Report on certain features of malaria in the island of Salsette
Disease focus: Malaria
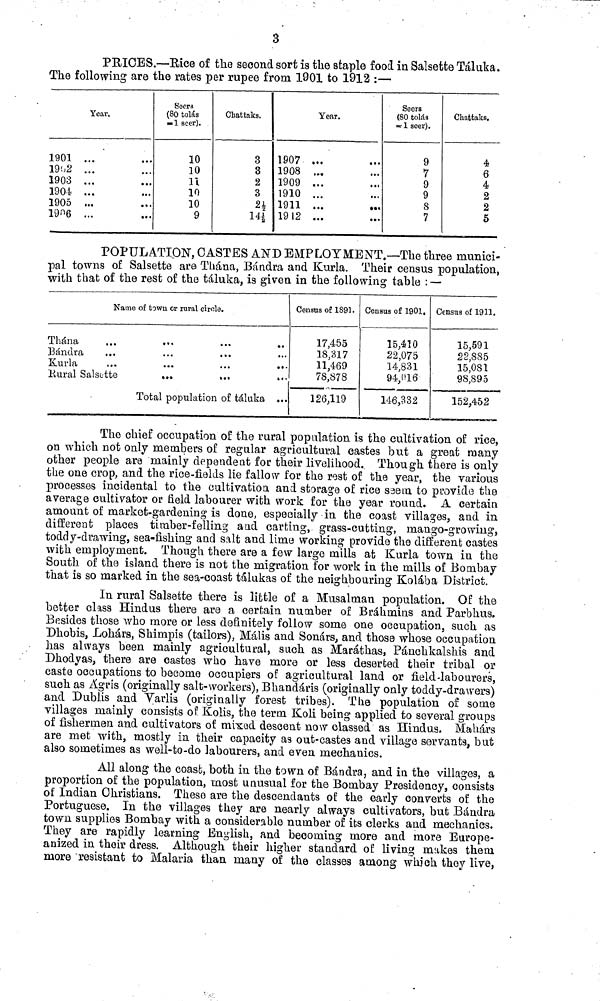
3
PRICES.—Bice of the second sort is the staple food in Salsette Táluka.
The following are the rates per rupee from 1901 to 1912 :—
Year,
1901
1992
1903
1904
1905
1996
Seers
(80 tolás
— 1 seer).
10
10
11
10
10
9
Chattaks.
3
3
2
3
2½
14½
Year.
1907
1908
1909
1910
1911
1912
Seers
(80 tolás
= 1 seer).
9
7
9
9
8
7
Chattcaks.
4
6
4
2
2
5
POPULATION, CASTES AND EMPLOYMENT.—The three munici-
pal towns of Salsette are Thána, Bándra and Kurla. Their census population,
with that of the rest of the táluka, is given in the following table : —
Name of town or rural circle.
Thána
...
...
...
..
Bándra
...
...
...
...
Kurla
...
...
...
...
Kural Salsette
...
...
...
Total population of táluka ...
Census of 1891.
17,455
18,317
11,469
78,878
126,119
Census of 1901.
15,410
22,075
14,831
94,016
146,332
Census of 1911.
15,591
22,885
15,081
98,895
152,452
The chief occupation of the rural population is the cultivation of rice,
on which not only members of regular agricultural castes but a great many
other people are mainly dependent for their livelihood.. Though there is only
the one crop, and the rice-fields lie fallow for the rest of the year, the various
processes incidental to the cultivation and storage of rice saem to provide the
average cultivator or field labourer with work for the year round. A certain
amount of market-gardening is done, especially in the coast villages, and in
different places timber-felling and carting,, grass-cutting, mango-growing,
toddy-drawing, sea-fishing and salt and lime working provide the different castes
with employment. Though there are a few large mills at Kurla town in the
South of the island there is not the migration for work in the mills of Bombay
that is so marked in the sea-coast tálukas of the neighbouring Kolába District.
In rural Salsette there is little of a Musalman population. Of the
better class Hindus there are a certain number of Brahmins and Parbhus.
Besides those who more or less definitely follow some one occupation, such as
Dhobis, Lohárs, Shimpis (tailors), Mális and Sonars, and those whose occupation
has always been mainly agricultural, such as Maráthas, Pánohkalshis and
Dhodyas, there are castes who have more or less deserted their tribal or
caste occupations to become occupiers of agricultural land or field-labourers,
such as Agris (originally salt-workers), Bhandáris (originally only toddy-drawers)
and Dublis and Varlis (originally forest tribes). The population of some
villages mainly consists of Kolis, the term Koli being applied to several groups
of fishermen and cultivators of mixed descent now classed as Hindus. Mahárs
are met with, mostly in their capacity as out-castes and village servants, but
also sometimes as well-to-do labourers, and even mechanics.
All along the coast, both in the town of Bándra, and in the villages, a
proportion of the population, most unusual for the Bombay Presidency, consists
of Indian Christians. These are the descendants of the early converts of the
Portuguese. In the villages they are nearly always cultivators, but Bándra
town supplies Bombay with a considerable number of its clerks and mechanics.
They are rapidly learning English, and becoming more and more Europe-
anized in their dress. Although their higher standard of living makes them
more resistant to Malaria than many of the classes among which they live,